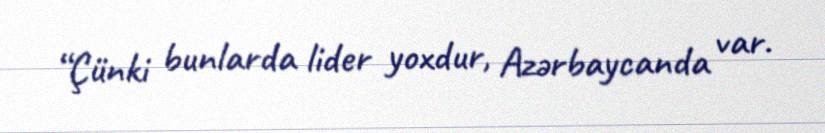
“Çünki bunlarda lider yoxdur, Azərbaycanda var.